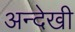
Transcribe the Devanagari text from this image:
अन्देखी